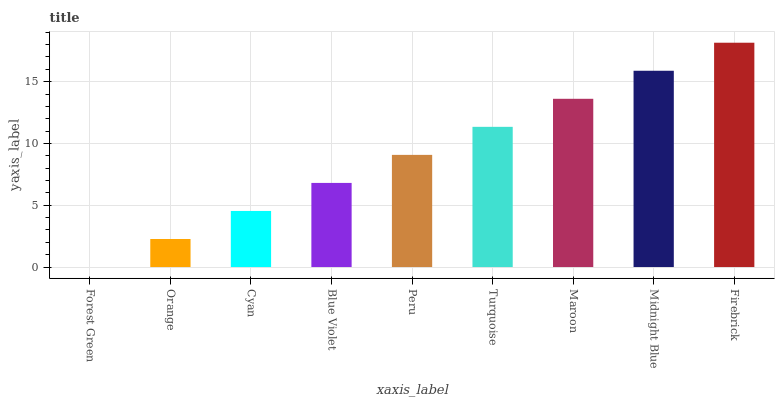
| xaxis_label | bars |
 | --- | --- |
 | Forest Green | 0 |
 | Orange | 2.27 |
 | Cyan | 4.54 |
 | Blue Violet | 6.81 |
 | Peru | 9.08 |
 | Turquoise | 11.3 |
 | Maroon | 13.6 |
 | Midnight Blue | 15.9 |
 | Firebrick | 18.2 |